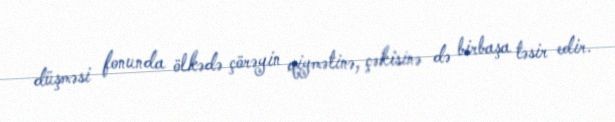
düşməsi fonunda ölkədə çörəyin qiymətinə, çəkisinə də birbaşa təsir edir.